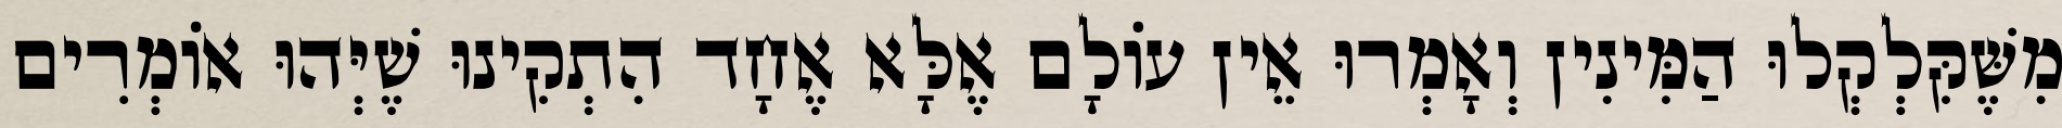
מִשֶּׁקִּלְקְלוּ הַמִּינִין וְאָמְרוּ אֵין עוֹלָם אֶלָּא אֶחָד הִתְקִינוּ שֶׁיְּהוּ אוֹמְרִים